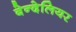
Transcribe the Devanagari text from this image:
बेन्देलियर